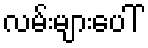
လမ်းများပေါ်